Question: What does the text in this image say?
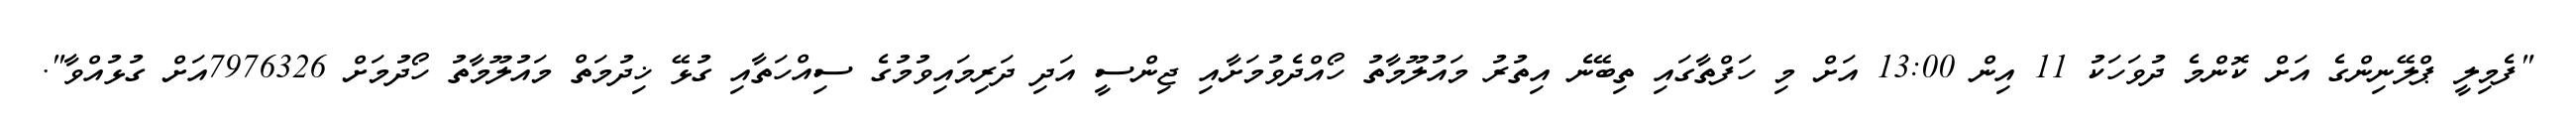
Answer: "ފެމިލީ ޕްލޭނިންގެ އަށް ކޮންމެ ދުވަހަކު 11 އިން 13:00 އަށް މި ހަފްތާގައި ތިބޭނެ އިތުރު މައުލޫމާތު ހޯއްދެވުމަށާއި ޖިންސީ އަދި ދަރިމައިވުމުގެ ސިއްހަތާއި ގުޅޭ ޚިދުމަތް މައުލޫމާތު ހޯދުމަށް 7976326އަށް ގުޅުއްވާ".